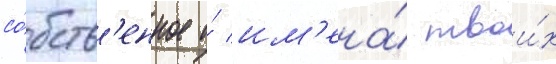
со́бств'енное и́ им'ена́ твои́х